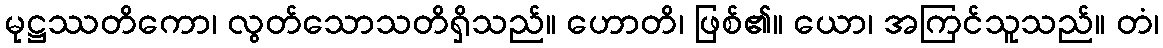
မုဋ္ဌဿတိကော၊ လွတ်သောသတိရှိသည်။ ဟောတိ၊ ဖြစ်၏။ ယော၊ အကြင်သူသည်။ တံ၊